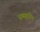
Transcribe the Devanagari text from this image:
अभ्युदरीय